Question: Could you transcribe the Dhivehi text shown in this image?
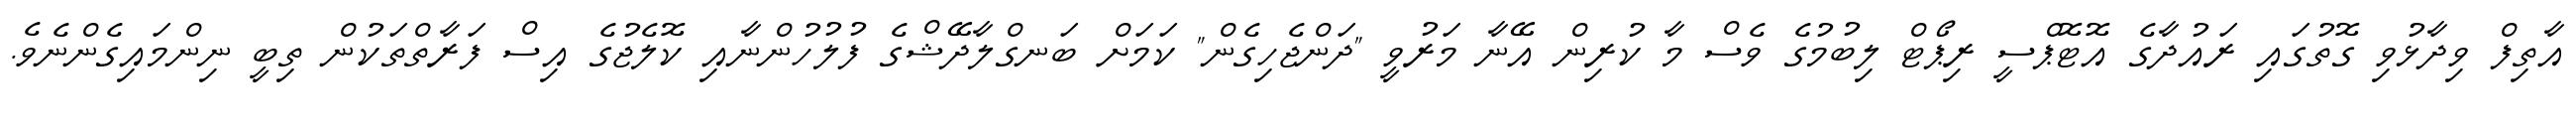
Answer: އާތިފް ވިދާޅުވި ގޮތުގައި ރައުދާގެ އޮޓޮޕްސީ ރިޕޯޓް ލިބުމުގެ ވެސް މާ ކުރިން އޭނާ މަރުވީ "ދަންޖެހިގެން" ކަމަށް ބަނގްލާދޭޝްގެ ފުލުހުންނާއި ކޮލެޖުގެ އިސް ފަރާތްތަކުން ތިބީ ނިންމައިގެންނެވެ.